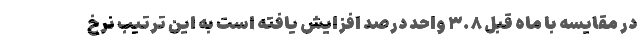
در مقایسه با ماه قبل ۳.۸ واحد درصد افزایش یافته است به این ترتیب نرخ